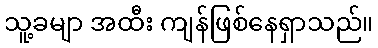
သူ့ခမျာ အထီး ကျန်ဖြစ်နေရှာသည်။